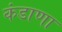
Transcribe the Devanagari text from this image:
कंडाणा